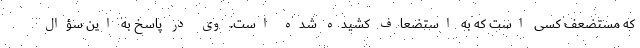
که مستضعف کسی است که به استضعاف کشیده شده است. وی در پاسخ به این سؤال